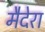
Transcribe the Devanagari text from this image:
मैदेरा